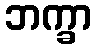
ဘက္ခာ